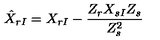
\hat { X } _ { r I } = X _ { r I } - { \frac { Z _ { r } X _ { s I } Z _ { s } } { Z _ { s } ^ { 2 } } }